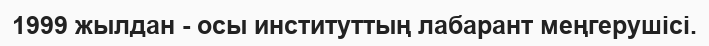
1999 жылдан - осы институттың лабарант меңгерушісі.